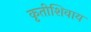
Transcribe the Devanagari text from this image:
कृतीशिवाय